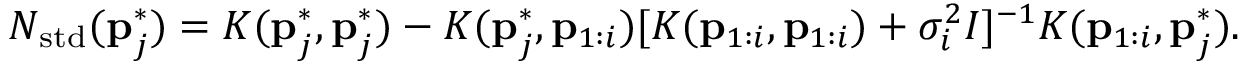
N _ { \mathrm { s t d } } ( \mathbf { p } _ { j } ^ { * } ) = K ( \mathbf { p } _ { j } ^ { * } , \mathbf { p } _ { j } ^ { * } ) - K ( \mathbf { p } _ { j } ^ { * } , \mathbf { p } _ { 1 : i } ) [ K ( \mathbf { p } _ { 1 : i } , \mathbf { p } _ { 1 : i } ) + \sigma _ { i } ^ { 2 } I ] ^ { - 1 } K ( \mathbf { p } _ { 1 : i } , \mathbf { p } _ { j } ^ { * } ) .